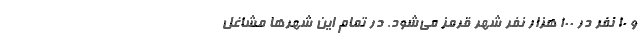
و ۱۰ نفر در ۱۰۰ هزار نفر شهر قرمز می‌شود. در تمام این شهرها مشاغل